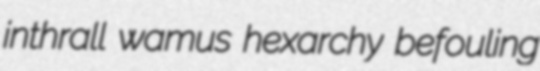
inthrall wamus hexarchy befouling